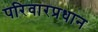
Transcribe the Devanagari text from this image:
परिवारप्रधान